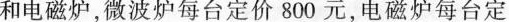
和电磁炉，微波炉每台定价800元，电磁炉每台定